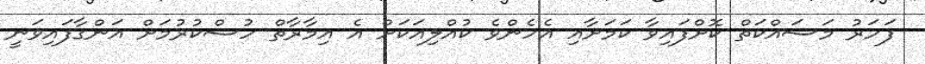
ފަހަރު މަސައްކަތް ކޮށްފައިވާ ކަމަށާއި އެހެންވެ ކުއްލިއަކަށް އެ އިމާރާތް ހުސްކުރުމަށް އަންގާފައިވަނީ